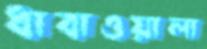
ধাবাওয়ালা